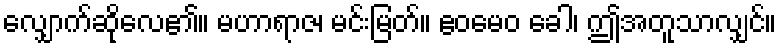
လျှောက်ဆိုလေ၏။ မဟာရာဇ၊ မင်းမြတ်။ ဧဝမေဝ ခေါ၊ ဤအတူသာလျှင်။